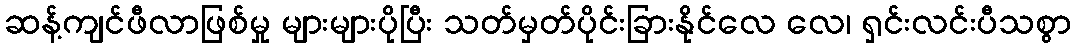
ဆန့်ကျင်ဖီလာဖြစ်မှု များများပိုပြီး သတ်မှတ်ပိုင်းခြားနိုင်လေ လေ၊ ရှင်းလင်းပီသစွာ